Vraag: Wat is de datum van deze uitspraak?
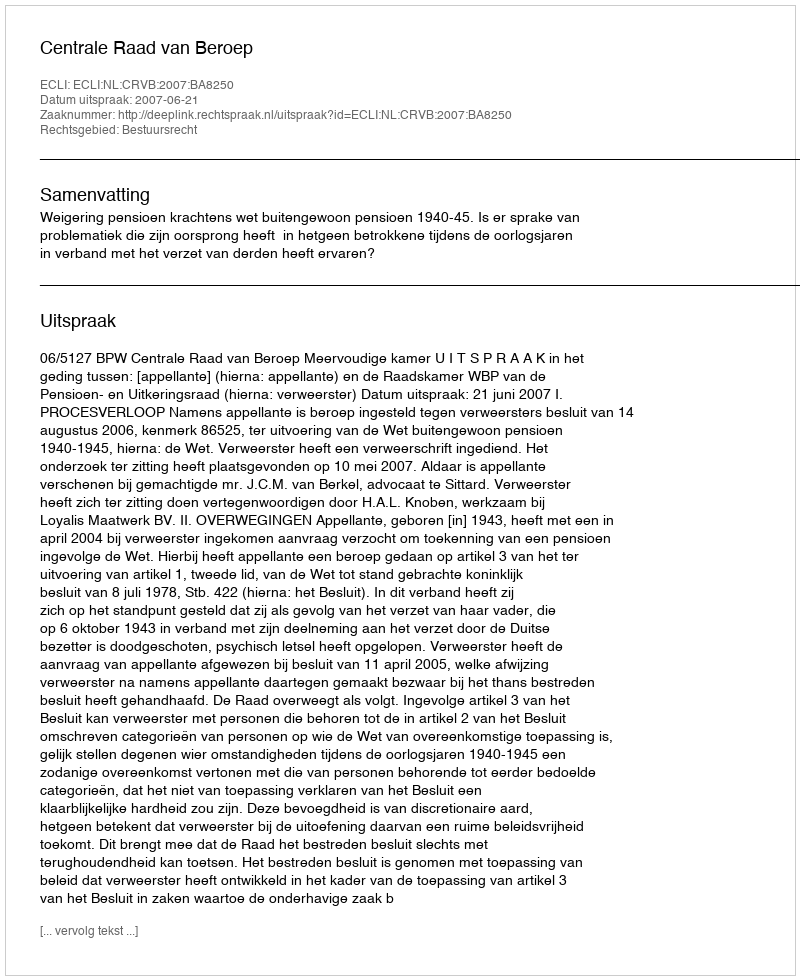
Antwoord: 2007-06-21